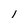
Character: 1